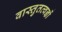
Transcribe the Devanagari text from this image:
वास्तुतत्वज्ञों